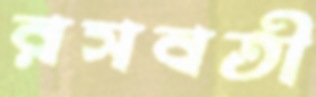
রসবতী